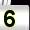
Digit: 5